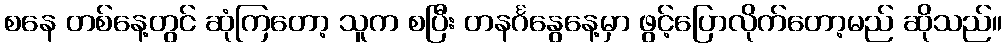
စနေ တစ်နေ့တွင် ဆုံကြတော့ သူက စပြီး တနင်္ဂနွေနေ့မှာ ဖွင့်ပြောလိုက်တော့မည် ဆိုသည်။